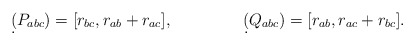
\begin{align*}\d(P_{abc})&=[r_{bc},r_{ab}+r_{ac}], && \d(Q_{abc})=[r_{ab},r_{ac}+r_{bc}]. \end{align*}